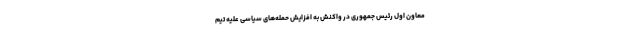
معاون اول رئیس جمهوری در واکنش به افزایش حمله‌های سیاسی علیه تیم